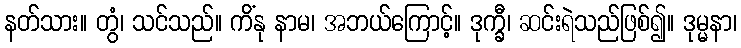
နတ်သား။ တွံ၊ သင်သည်။ ကိံနု နာမ၊ အဘယ်ကြောင့်။ ဒုက္ခီ၊ ဆင်းရဲသည်ဖြစ်၍။ ဒုမ္မနာ၊